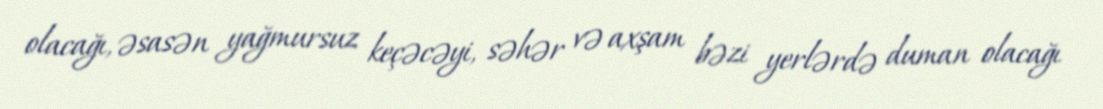
olacağı, əsasən yağmursuz keçəcəyi, səhər və axşam bəzi yerlərdə duman olacağı